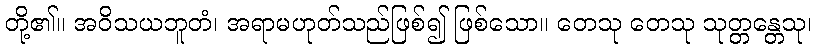
တို့၏။ အဝိသယဘူတံ၊ အရာမဟုတ်သည်ဖြစ်၍ ဖြစ်သော။ တေသု တေသု သုတ္တန္တေသု၊